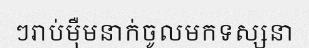
ៗរាប់ម៉ឺមនាក់ចូលមកទស្សនា